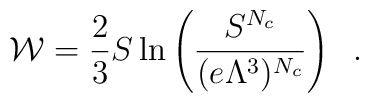
{\cal W} = \frac{2}{3} S \ln \left( \frac{S^{N_c}}{(e\Lambda^3)^{N_c}} \right) \;\;.